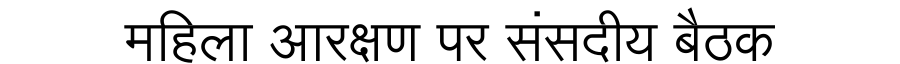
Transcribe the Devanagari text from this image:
महिला आरक्षण पर संसदीय बैठक